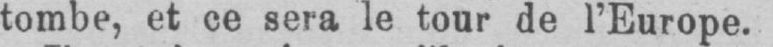
tombe, et ce sera le tour de l’Europe.